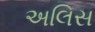
અલિસ